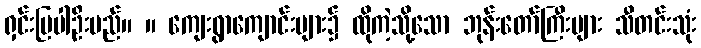
ရှင်းပြပါဦးမည်။ ။ ကျေးရွာကျောင်းများ၌ ထိုကဲ့သို့သော ဘုန်းတော်ကြီးများ သီတင်းသုံး